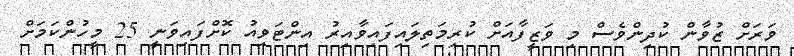
ވަރަށް ޒުވާން ކުދިންވެސް މި ވަޒީފާއަށް ކުރިމަތިލައިފައިވާއިރު އިންޓަވިއު ކޮށްފައިވަނީ 25 މީހުންކަމަށް